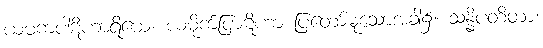
ယမကပါဋိဟာရိယေ၊ ယမိုက်ပြာဋိဟာ ပြတော်မူသောအခါ၌။ သန္နိပတိတာ၊